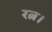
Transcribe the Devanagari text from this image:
रत्न।